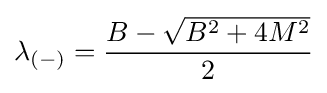
\lambda _{(-)}={\frac {B-{\sqrt {B^{2}+4M^{2}}}}{2}}